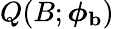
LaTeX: Q(B;\boldsymbol{\phi}_{\mathbf{b}})